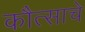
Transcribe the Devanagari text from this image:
कौत्साचे